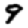
Digit: 9